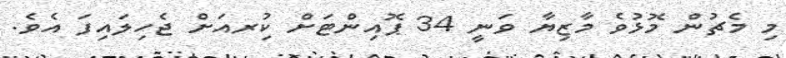
މި މެޗުން މޮޅުވެ މާޒިޔާ ވަނީ 34 ޕޮއިންޓަށް ކުިރއަށް ޖެހިލައިފަ އެވެ.